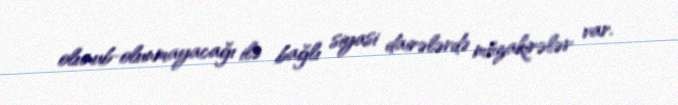
olunub-olunmayacağı ilə bağlı siyasi dairələrdə müzakirələr var.